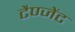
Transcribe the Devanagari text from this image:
टैण्जेंट